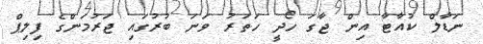
ނަޑާލް ކުއާޓާ އިން ޖާގަ ހޯދީ ހަތަރު ވަނަ ބުރުގައި ޖަރުމަންގެ ފިލިޕް